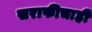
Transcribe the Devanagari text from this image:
सराफीचाही